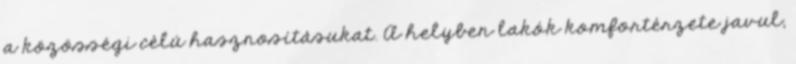
a közösségi célú hasznosításukat. A helyben lakók komfortérzete javul,